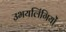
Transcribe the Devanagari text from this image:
उभयलिंगियों